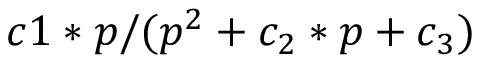
c 1 * p / ( p ^ { 2 } + c _ { 2 } * p + c _ { 3 } )